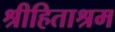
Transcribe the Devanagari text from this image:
श्रीहिताश्रम